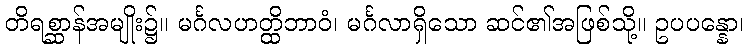
တိရစ္ဆာန်အမျိုး၌။ မင်္ဂလဟတ္ထိဘာဝံ၊ မင်္ဂလာရှိသော ဆင်၏အဖြစ်သို့။ ဥပပန္နော၊